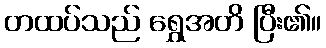
တထပ်သည် ရွှေအတိ ပြီး၏။